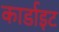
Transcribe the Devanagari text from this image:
कार्डाइट